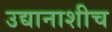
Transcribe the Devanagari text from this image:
उद्यानाशीच